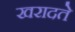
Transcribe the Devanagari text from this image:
खरादते